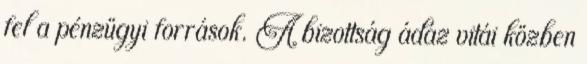
fel a pénzügyi források. A bizottság ádáz vitái közben